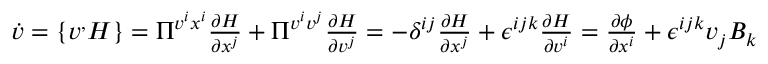
\begin{array} { r } { \dot { v } = \{ v ^ , H \} = \Pi ^ { v ^ { i } x ^ { i } } \frac { \partial H } { \partial x ^ { j } } + \Pi ^ { v ^ { i } v ^ { j } } \frac { \partial H } { \partial v ^ { j } } = - \delta ^ { i j } \frac { \partial H } { \partial x ^ { j } } + \epsilon ^ { i j k } \frac { \partial H } { \partial v ^ { i } } = \frac { \partial \phi } { \partial x ^ { i } } + \epsilon ^ { i j k } v _ { j } B _ { k } } \end{array}